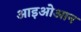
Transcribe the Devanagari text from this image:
आइओआन